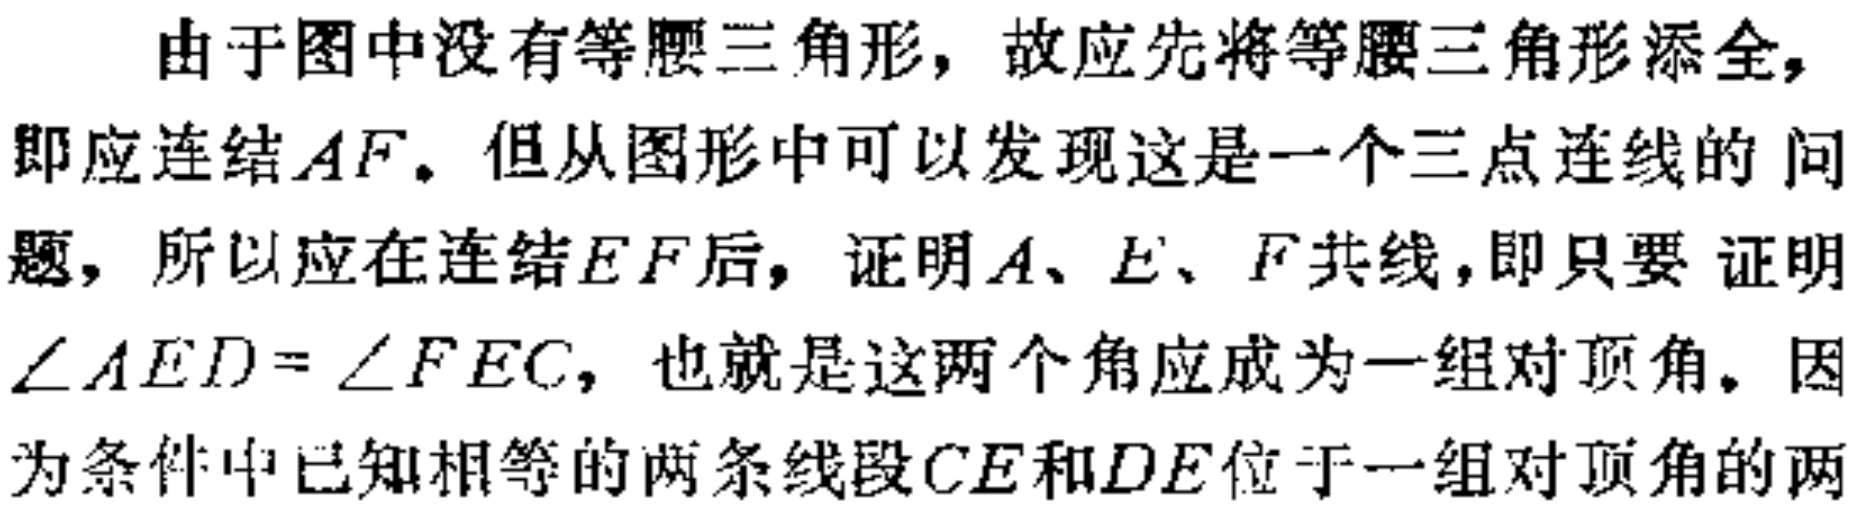
由于图中没有等腰三角形，故应先将等腰三角形添全，即应连结\(AF\)。但从图形中可以发现这是一个三点连线的 问题，所以应在连结\(EF\)后，证明\(A、E、F\)共线，即只要 证明\(\angle AED = \angle FEC\)，也就是这两个角应成为一组对顶角。因为条件中已知相等的两条线段\(CE\)和\(DE\)位于一组对顶角的两